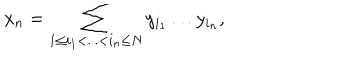
x _ { n } = \sum _ { 1 \leq i _ { 1 } < . . . < i _ { n } \leq N } y _ { i _ { 1 } } \dots y _ { i _ { n } } ,